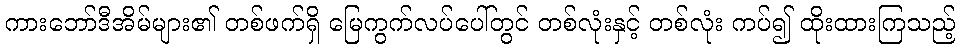
ကားဘော်ဒီအိမ်များ၏ တစ်ဖက်ရှိ မြေကွက်လပ်ပေါ်တွင် တစ်လုံးနှင့် တစ်လုံး ကပ်၍ ထိုးထားကြသည့်